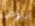
اليوم